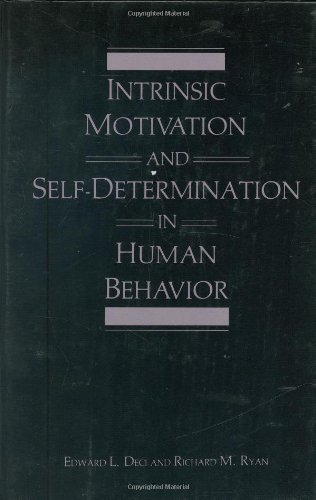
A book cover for Intrinsic Motivation and Self-Determination in Human Behavior (Perspectives in Social Psychology); Edward Deci; Health, Fitness & Dieting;